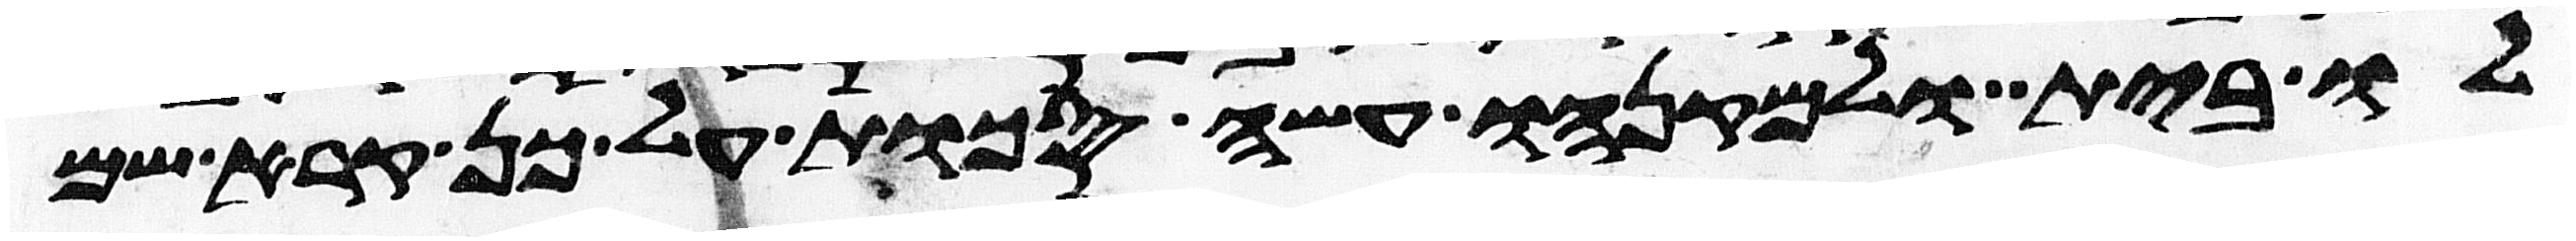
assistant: לו בית ולמקנהו עשה סכות על כן קרא שם